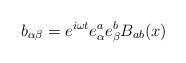
LaTeX: \begin{align*}b_{\alpha \beta} = e^{i \omega t} e_\alpha^a e_\beta^b B_{ab}(x)\end{align*}